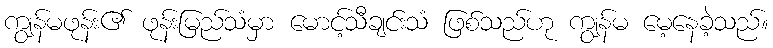
ကျွန်မဖုန်း၏ ဖုန်းမြည်သံမှာ မောင့်သီချင်းသံ ဖြစ်သည်ဟု ကျွန်မ မေ့နေခဲ့သည်။